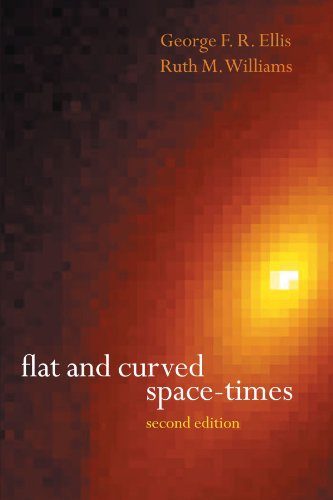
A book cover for Flat and Curved Space-Times; George F. R. Ellis; Science & Math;